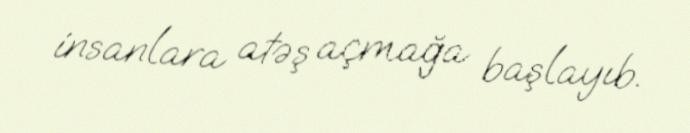
insanlara atəş açmağa başlayıb.